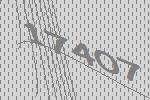
17407